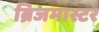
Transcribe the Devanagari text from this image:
ब्रिजमास्टर